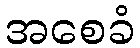
အစေခံ